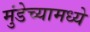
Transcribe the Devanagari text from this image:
मुंडेच्यामध्ये